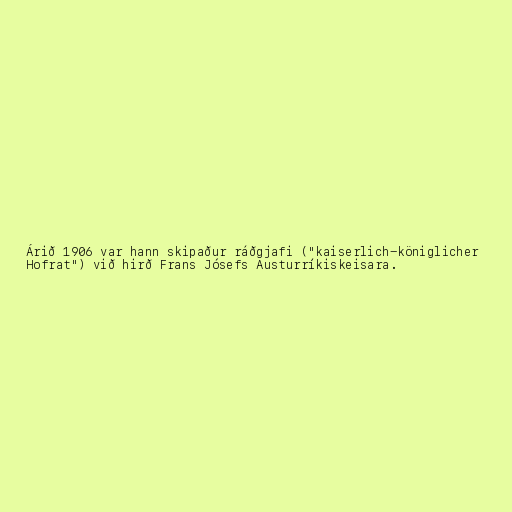
Árið 1906 var hann skipaður ráðgjafi ("kaiserlich-königlicher
Hofrat") við hirð Frans Jósefs Austurríkiskeisara.